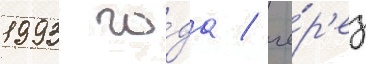
1993 го́да / че́р'ез